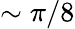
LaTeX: \sim\pi/8